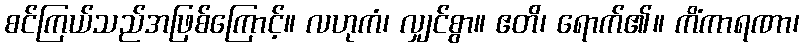
စင်ကြယ်သည်အဖြစ်ကြောင့်။ လဟုကံ၊ လျှင်စွာ။ ဧတိ၊ ရောက်၏။ ကိံကာရဏာ၊